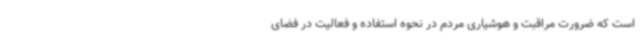
است که ضرورت مراقبت و هوشیاری مردم در نحوه استفاده و فعالیت در فضای